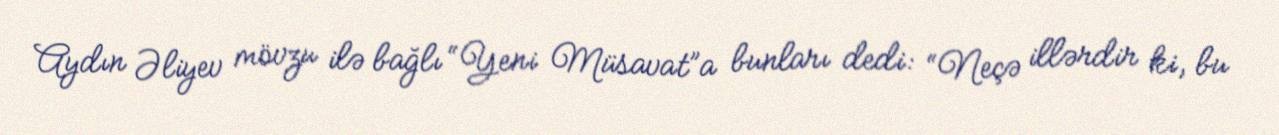
Aydın Əliyev mövzu ilə bağlı “Yeni Müsavat”a bunları dedi: “Neçə illərdir ki, bu